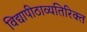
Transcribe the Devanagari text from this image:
विद्यापीठाव्यतिरिक्त